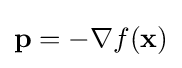
\mathbf {p} =-\nabla f(\mathbf {x} )